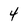
Character: 4